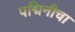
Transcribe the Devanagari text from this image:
पद्मिनीचा